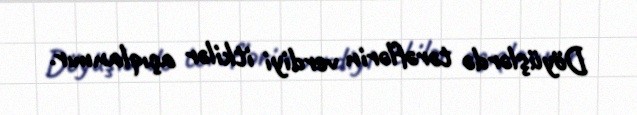
Döyüşlərdə tərəflərin verdiyi itkilər açıqlanmır.